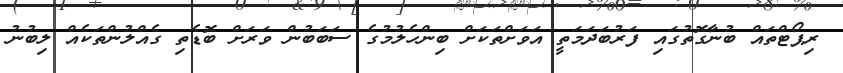
ރިޕޯޓްތައް ބުނާގޮތުގައި ފަރުބަދަމަތީ އަވަށްތަކަށް ބިންހެލުމުގެ ސަބަބުން ވަރަށް ބޮޑެތި ގެއްލުންތަކެއް ލިބުނު